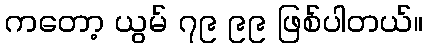
ကတော့ ယွမ် ၇၉ ၉၉ ဖြစ်ပါတယ်။